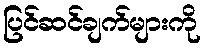
ပြင်ဆင်ချက်များကို